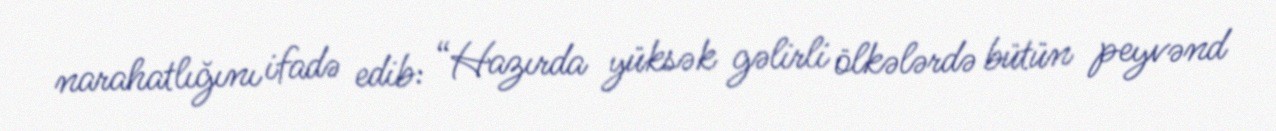
narahatlığını ifadə edib: “Hazırda yüksək gəlirli ölkələrdə bütün peyvənd